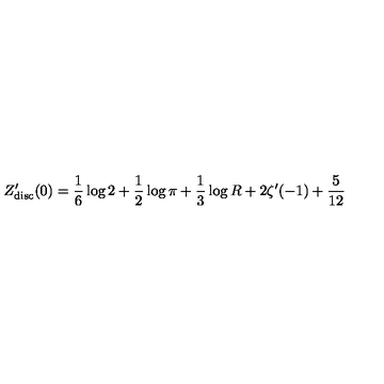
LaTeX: Z _ { \mathrm { d i s c } } ^ { \prime } ( 0 ) = { \frac { 1 } { 6 } } \log 2 + { \frac { 1 } { 2 } } \log \pi + { \frac { 1 } { 3 } } \log R + 2 \zeta ^ { \prime } ( - 1 ) + { \frac { 5 } { 1 2 } }